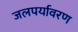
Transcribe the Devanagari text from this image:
जलपर्यावरण